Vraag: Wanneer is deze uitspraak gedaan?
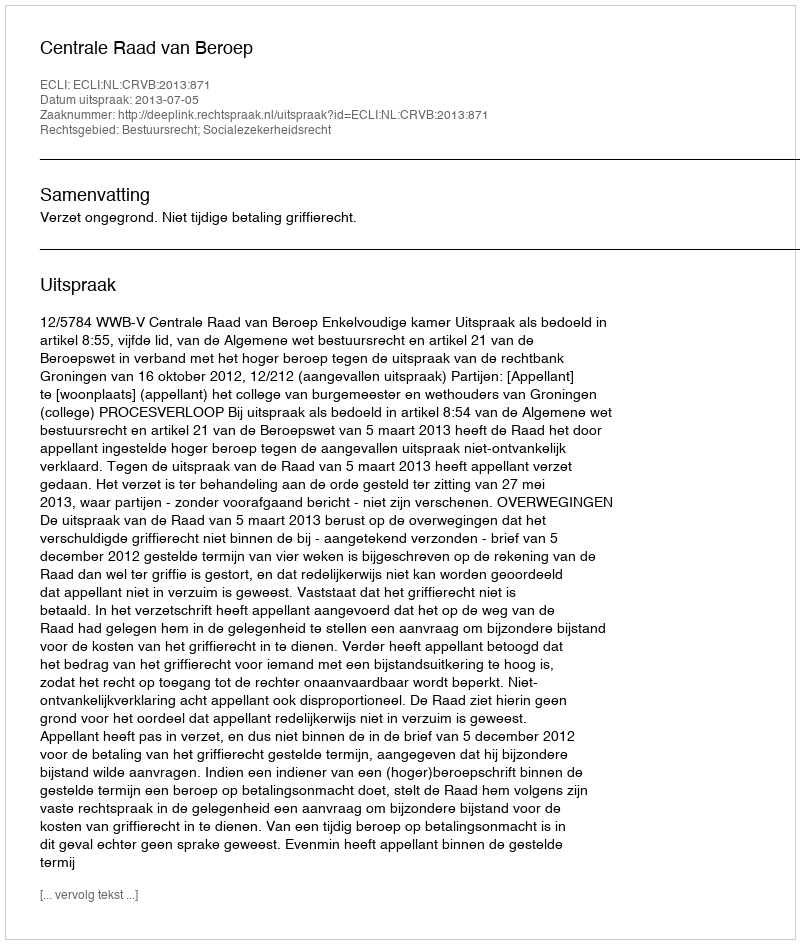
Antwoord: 2013-07-05